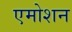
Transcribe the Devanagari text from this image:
एमोशन